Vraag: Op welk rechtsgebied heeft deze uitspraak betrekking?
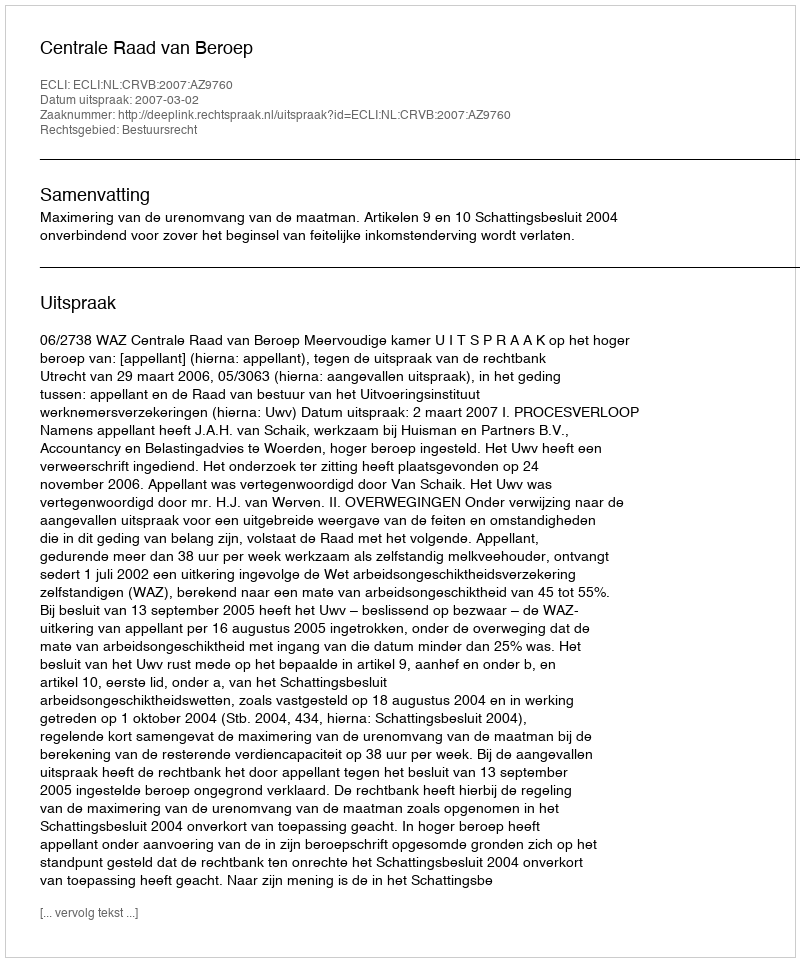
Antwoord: Bestuursrecht